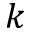
k